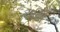
અમો